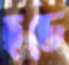
হডে